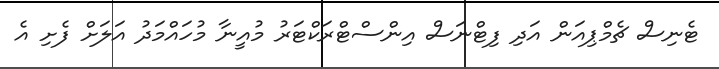
ޓެނިސް ޗެމްޕިއަން އަދި ފިޓްނަސް އިންސްޓްރަކްޓަރު މުއީނާ މުހައްމަދު އަލަށް ފެށި އެ